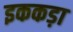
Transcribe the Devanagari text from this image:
इककड़ा